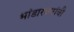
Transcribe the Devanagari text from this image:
भांडारकरांची